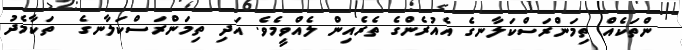
ންތަކެއް ތިމަންރަސްކަލާނގެ އެއުރެންގެ ތެރެއިން ލެއްވީމެވެ. އަދި ތިމަންރަސްކަލާނގެ  ތަކާމެދު